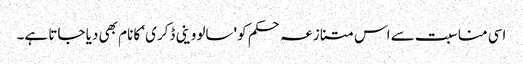
اسی مناسبت سے اس متنازعہ حکم کو 'سالووینی ڈکری‘ کا نام بھی دیا جاتا ہے۔